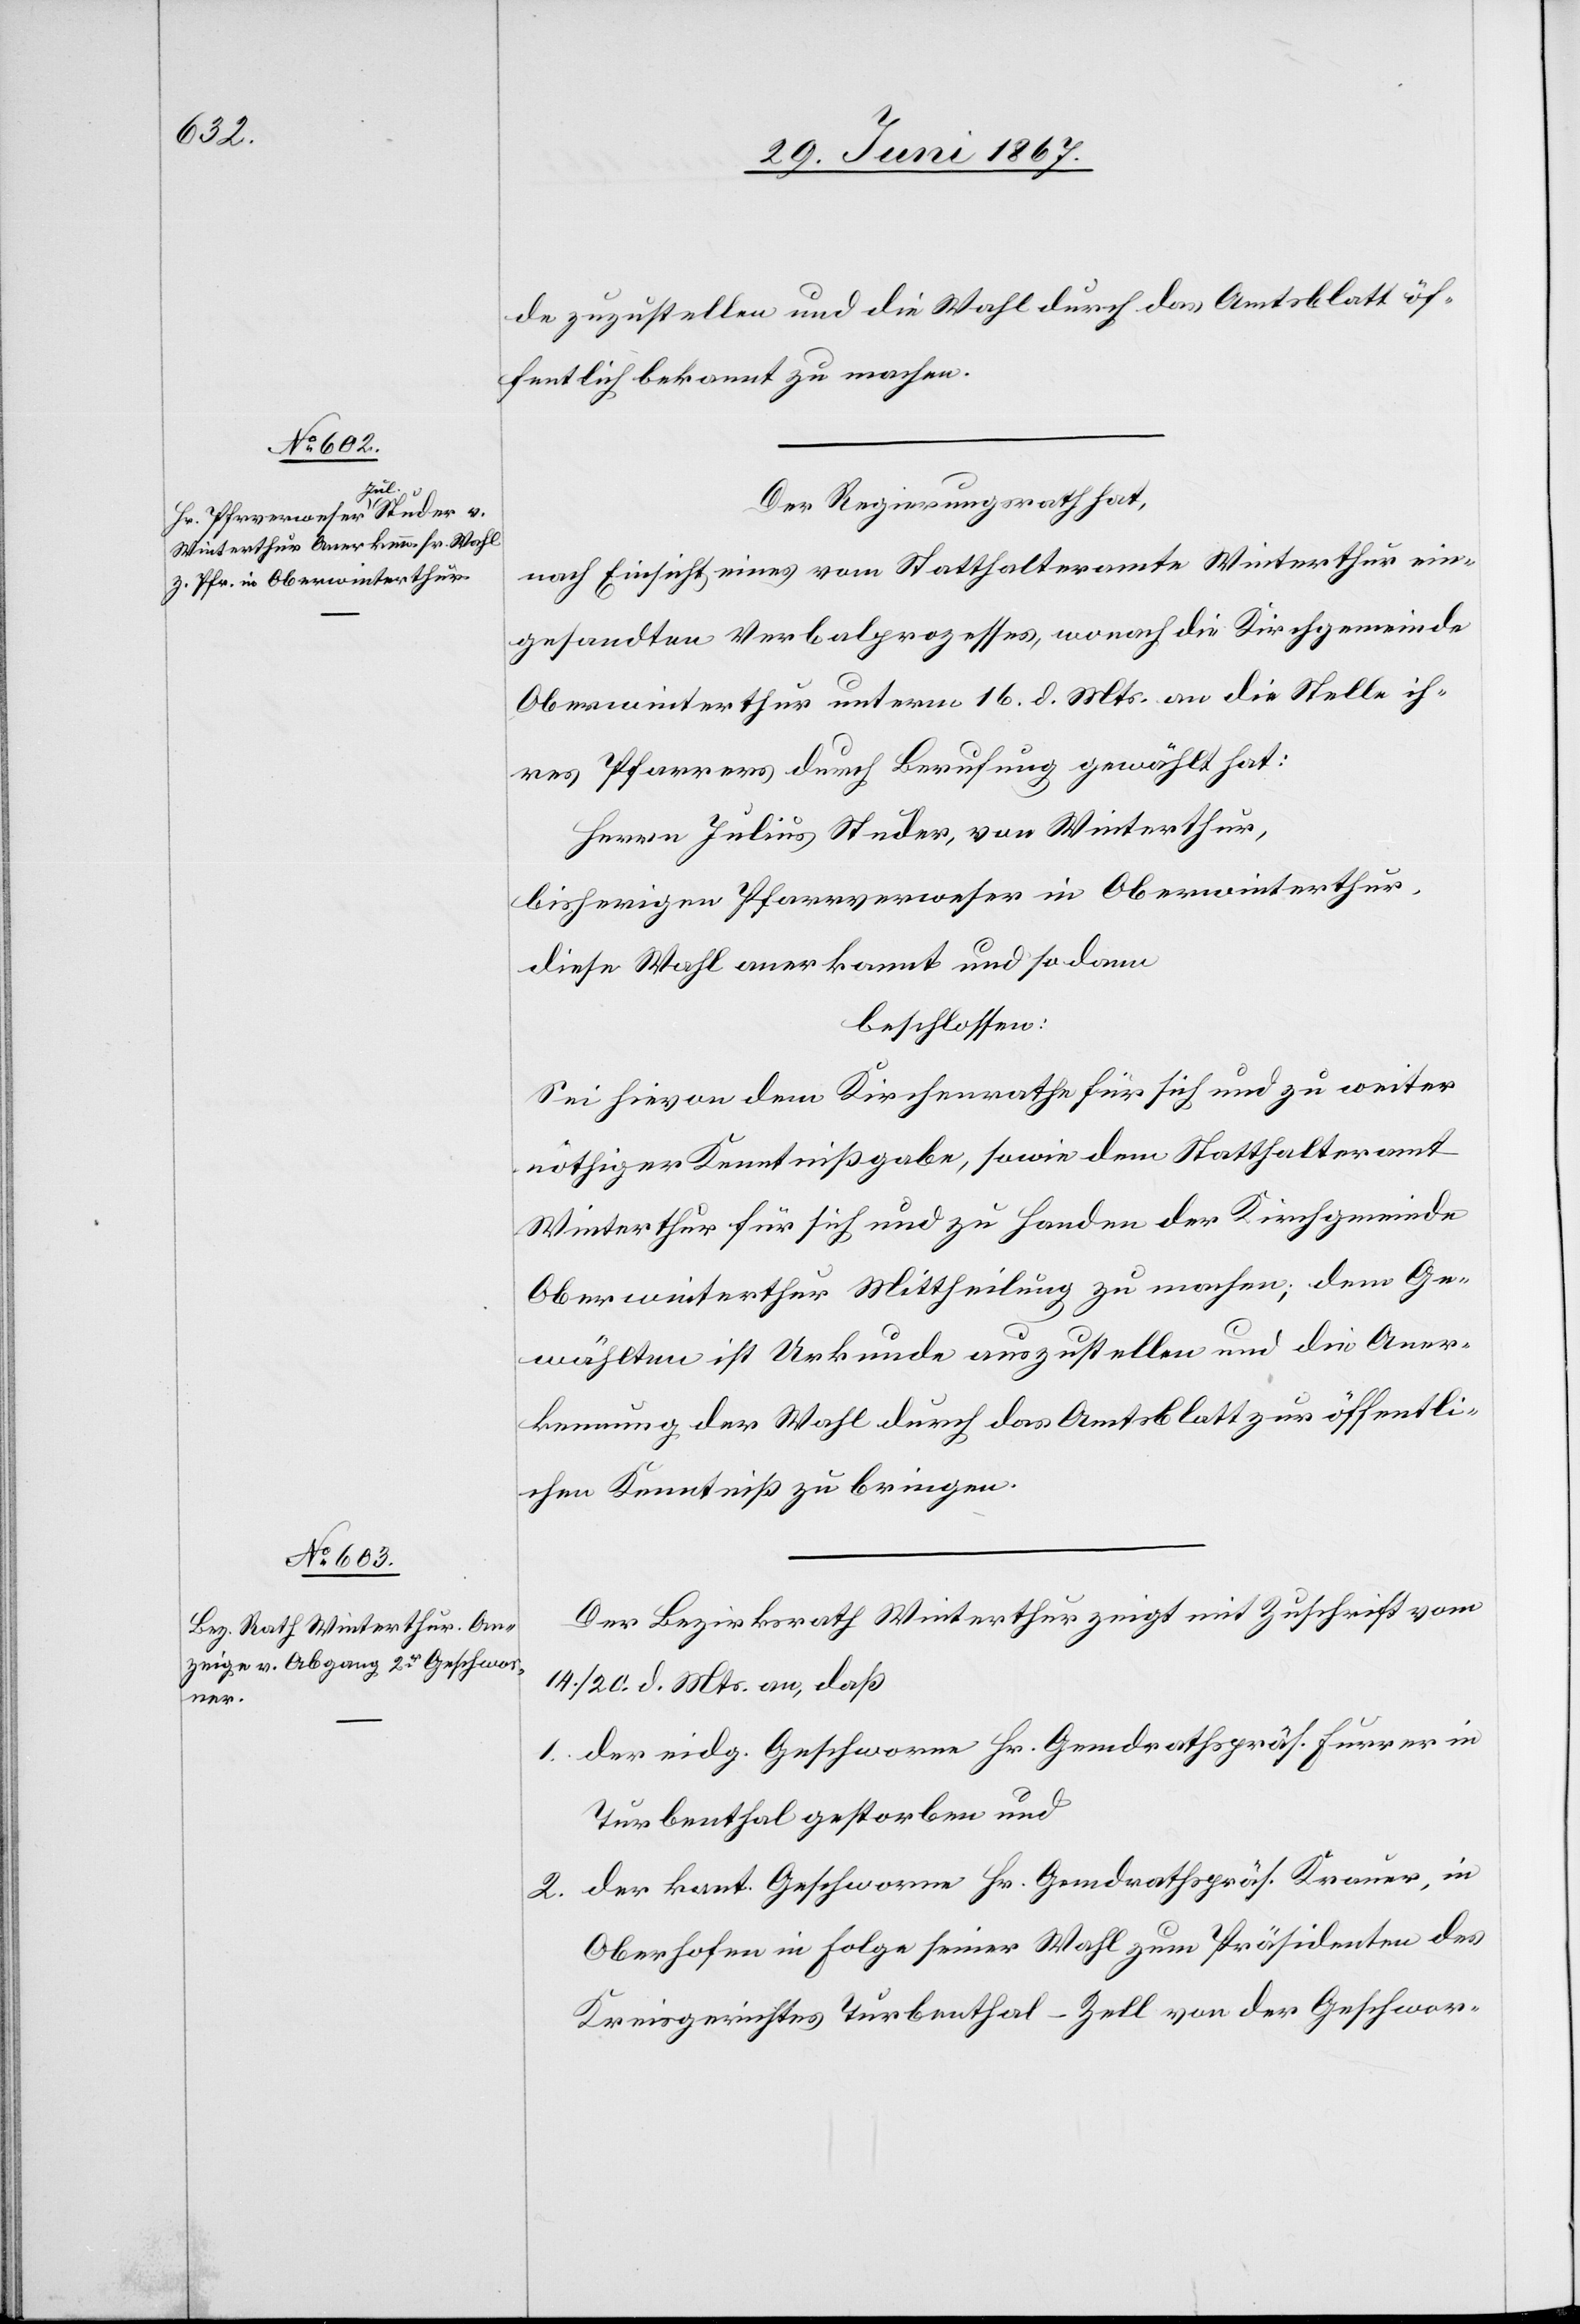
de zuzustellen und die Wahl durch das Amtsblatt öf¬
fentlich bekannt zu machen.
Der Regierungsrath hat,
nach Einsicht eines vom Statthalteramte Winterthur ein¬
gesandten Verbalprozesses, wonach die Kirchgemeinde
Oberwinterthur unterm 16. d. Mts. an die Stelle ih¬
res Pfarrers durch Berufung gewählt hat:
Herrn Julius Studer, von Winterthur,
bisheriger Pfarrverweser in Oberwinterthur,
diese Wahl anerkannt und sodann
beschlossen:
Sei hievon dem Kirchenrathe für sich und zu weiter
nöthiger Kenntnißgabe, sowie dem Statthalteramt
Winterthur für sich und zu Handen der Kirchgemeinde
Oberwinterthur Mittheilung zu machen; dem Ge¬
wählten ist Urkunde auszustellen und die Aner¬
kennung der Wahl durch das Amtsblatt zur öffentli¬
chen Kenntniß zu bringen.
Der Bezirksrath Winterthur zeigt mit Zuschrift vom
14./20. d. Mts. an, daß:
1. der eidg. Geschworene Hr. Gemdrathspräs. Furrer in
Turbenthal gestorben und
2. der kant. Geschworene Hr. Gemdrathspräs. Krauer, in
Oberhofen in Folge seiner Wahl zum Präsidenten des
Kreisgerichtes Turbenthal-Zell von der Geschwor-